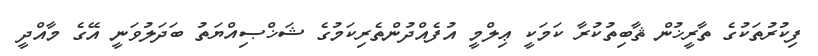
ފިކުރުތަކުގެ ތާރީޚުން ޘާބިތުކުރާ ކަމަކީ ޢިލްމީ އުފެއްދުންތެރިކަމުގެ ޝަޚްޞިއްޔަތު ބަދަލުވަނީ އޭގެ މާއްދީ